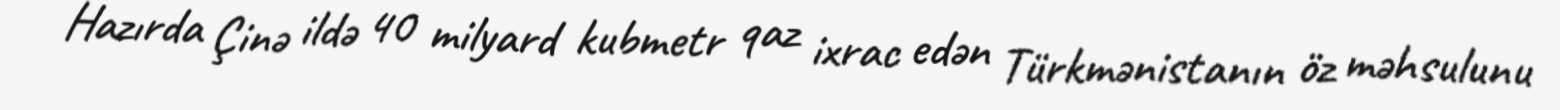
Hazırda Çinə ildə 40 milyard kubmetr qaz ixrac edən Türkmənistanın öz məhsulunu